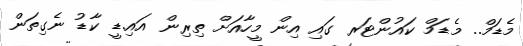
މެޑަމް.. މެޑަމް ކައުންޓަރ ގައި އިން މީހާއަށް ތިރިން އައި.ޑީ ކާޑު ނެގިތަން